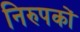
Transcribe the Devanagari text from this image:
निरुपकों